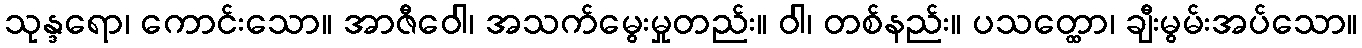
သုန္ဒရော၊ ကောင်းသော။ အာဇီဝေါ၊ အသက်မွေးမှုတည်း။ ဝါ၊ တစ်နည်း။ ပသတ္ထော၊ ချီးမွမ်းအပ်သော။